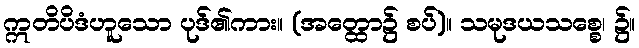
ဣတိပိဒံဟူသော ပုဒ်၏ကား။ (အတ္ထော၌ စပ်)။ သမုဒယသစ္စေ၊ ၌။